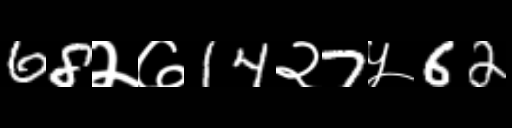
Text: 68२७14२7५62